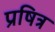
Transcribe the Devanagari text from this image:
प्रषित्र